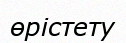
өрістету